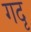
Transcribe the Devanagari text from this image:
गदृ